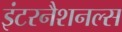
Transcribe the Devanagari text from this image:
इंटरनैशनल्स